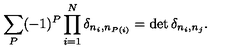
\sum _ { P } ( - 1 ) ^ { P } \prod _ { i = 1 } ^ { N } \delta _ { n _ { i } , n _ { P ( i ) } } = \det \delta _ { n _ { i } , n _ { j } } .